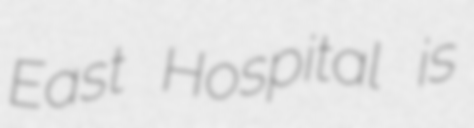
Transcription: East Hospital is